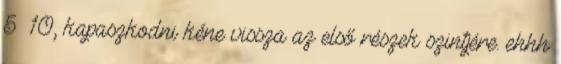
5 10, kapaszkodni kéne vissza az első részek szintjére. ehhh